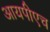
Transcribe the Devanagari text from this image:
आयपीएच